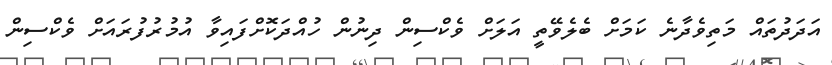
އަދަދުތައް މަތިވެދާނެ ކަމަށް ބެލެވޭތީ އަލަށް ވެކްސިން ދިނުން ހުއްދަކޮށްފައިވާ އުމުރުފުރައަށް ވެކްސިން